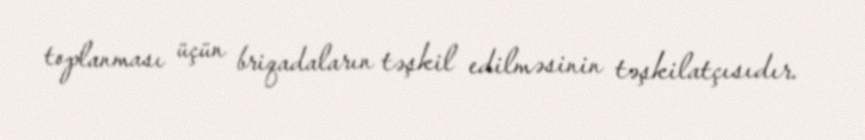
toplanması üçün briqadaların təşkil edilməsinin təşkilatçısıdır.